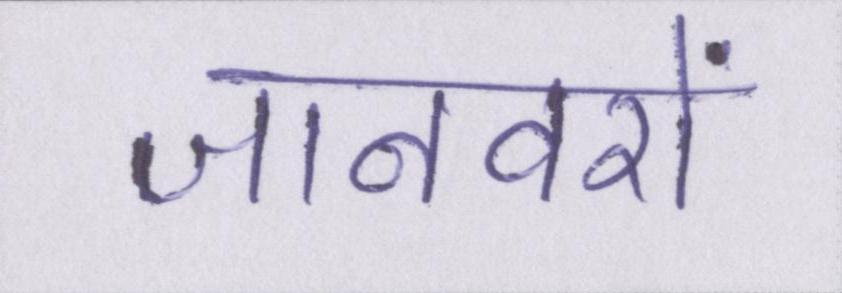
जानवरों